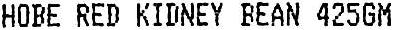
HOBE RED KIDNEY BEAN 425GM